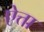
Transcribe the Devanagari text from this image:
ऐत्ता